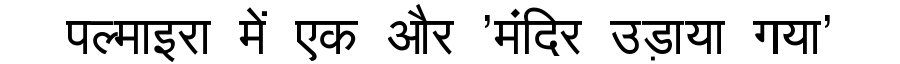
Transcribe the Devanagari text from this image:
पल्माइरा में एक और 'मंदिर उड़ाया गया'